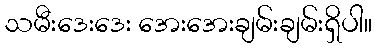
သမီးဒေးဒေး အေးအေးချမ်းချမ်းရှိပါ။